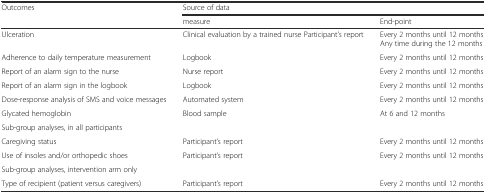
| <ROWSPAN=2> Outcomes | <COLSPAN=2> Source of data |
 | measure | End-point |
 | --- | --- | --- |
 | Ulceration | Clinical evaluation by a trained nurse Participant’s report | Every 2 months until 12 months Any time during the 12 months |
 | Adherence to daily temperature measurement | Logbook | Every 2 months until 12 months |
 | Report of an alarm sign to the nurse | Nurse report | Every 2 months until 12 months |
 | Report of an alarm sign in the logbook | Logbook | Every 2 months until 12 months |
 | Dose-response analysis of SMS and voice messages | Automated system | Every 2 months until 12 months |
 | Glycated hemoglobin | Blood sample | At 6 and 12 months |
 | Sub-group analyses, in all participants |  |  |
 | Caregiving status | Participant’s report | Every 2 months until 12 months |
 | Use of insoles and/or orthopedic shoes | Participant’s report | Every 2 months until 12 months |
 | Sub-group analyses, intervention arm only |  |  |
 | Type of recipient (patient versus caregivers) | Participant’s report | Every 2 months until 12 months |